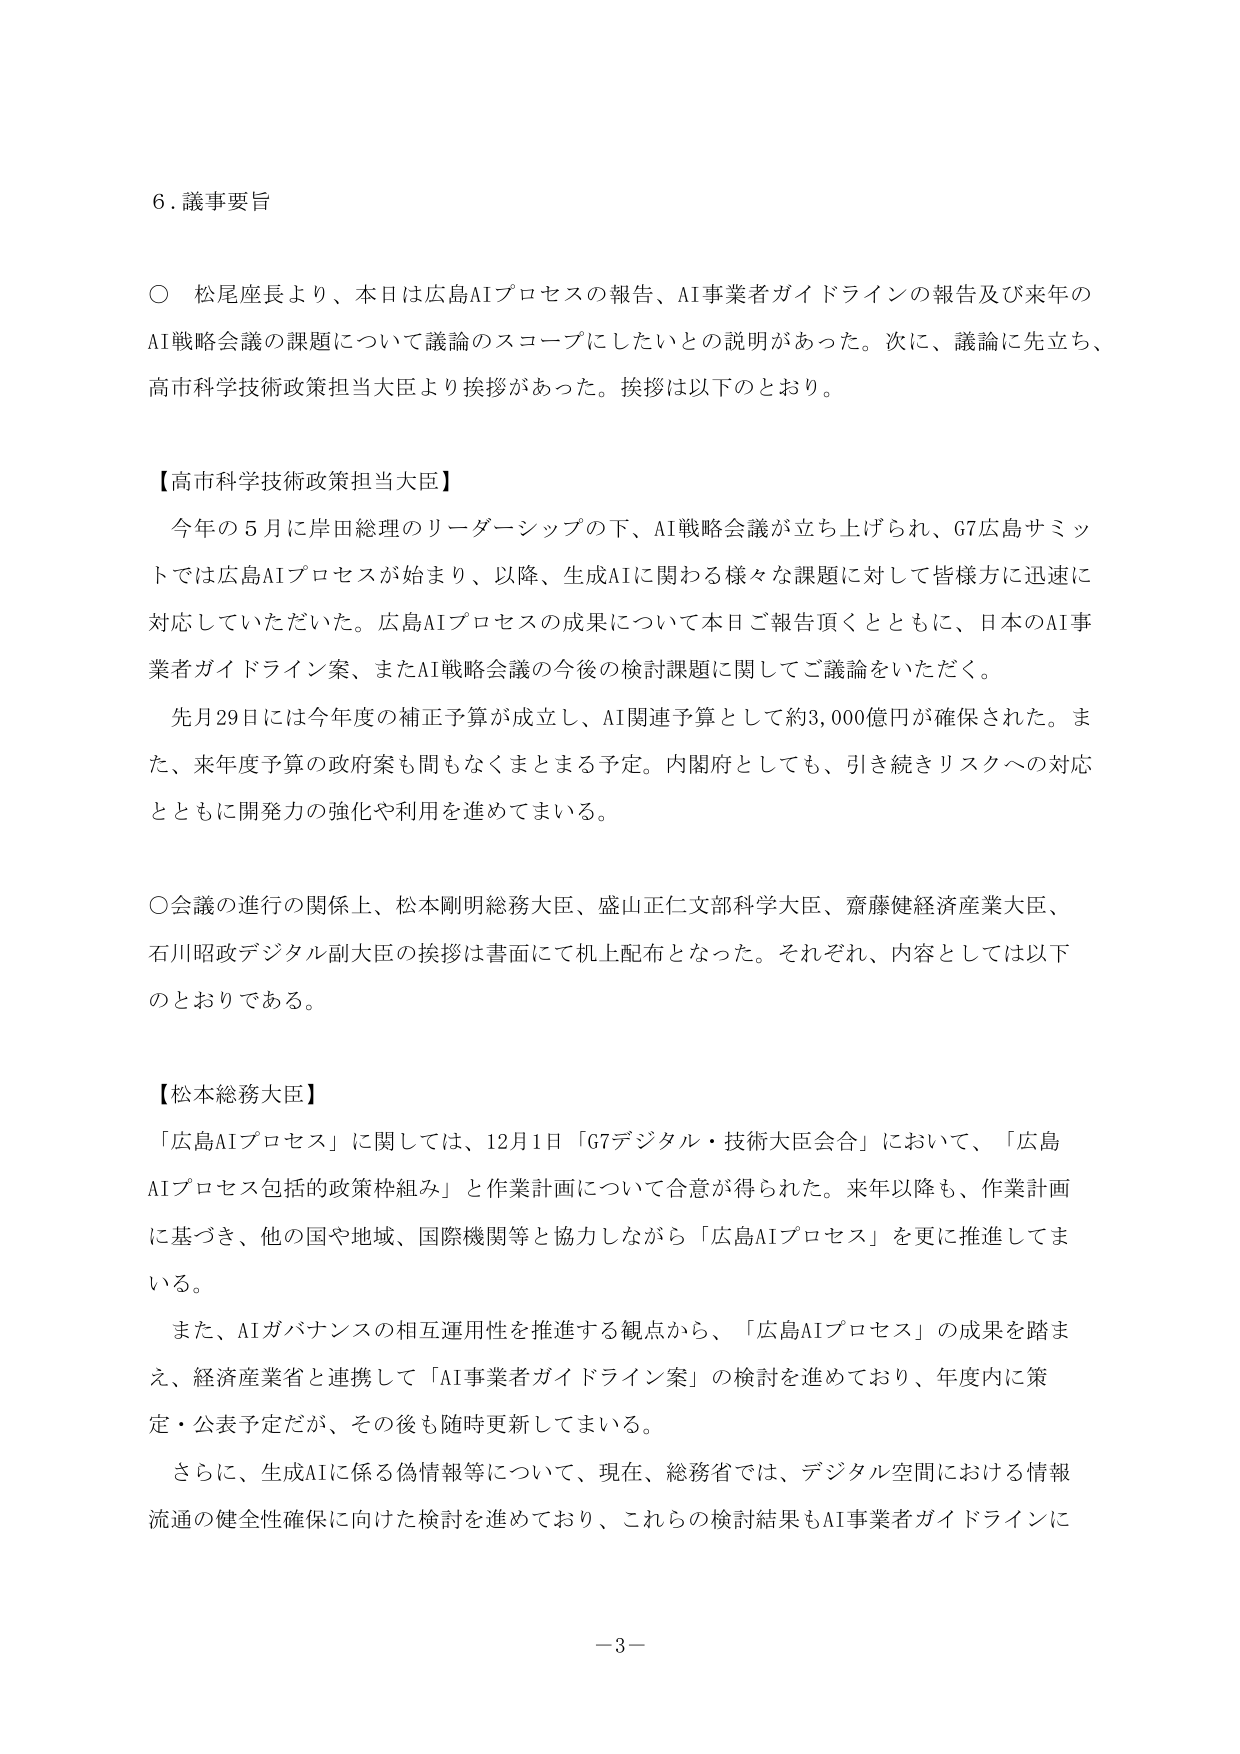
6. 議事要旨

○ 松尾座長より、本日は広島AIプロセスの報告、AI事業者ガイドラインの報告及び来年のAI戦略会議の課題について議論のスコープにしたいとの説明があった。次に、議論に先立ち、高市科学技術政策担当大臣より挨拶があった。挨拶は以下のとおり。

【高市科学技術政策担当大臣】
今年の5月に岸田総理のリーダーシップの下、AI戦略会議が立ち上げられ、G7広島サミットでは広島AIプロセスが始まり、以降、生成AIに関わる様々な課題に対して皆様方に迅速に対応していただいた。広島AIプロセスの成果について本日ご報告頂くとともに、日本のAI事業者ガイドライン案、またAI戦略会議の今後の検討課題に関してご議論をいただく。
先月29日には今年度の補正予算が成立し、AI関連予算として約3,000億円が確保された。また、来年度予算の政府案も間もなくまとまる予定。内閣府としても、引き続きリスクへの対応とともに開発力の強化や利用を進めてまいる。

○会議の進行の関係上、松本剛明総務大臣、盛山正仁文部科学大臣、齋藤健経済産業大臣、石川昭政デジタル副大臣の挨拶は書面にて机上配布となった。それぞれ、内容としては以下のとおりである。

【松本総務大臣】
「広島AIプロセス」に関しては、12月1日「G7デジタル・技術大臣会合」において、「広島AIプロセス包括的政策枠組み」と作業計画について合意が得られた。来年以降も、作業計画に基づき、他の国や地域、国際機関等と協力しながら「広島AIプロセス」を更に推進してまいる。
また、AIガバナンスの相互運用性を推進する観点から、「広島AIプロセス」の成果を踏まえ、経済産業省と連携して「AI事業者ガイドライン案」の検討を進めており、年度内に策定・公表予定だが、その後も随時更新してまいる。
さらに、生成AIに係る偽情報等について、現在、総務省では、デジタル空間における情報流通の健全性確保に向けた検討を進めており、これらの検討結果もAI事業者ガイドラインに

－3－